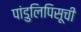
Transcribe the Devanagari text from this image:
पांडुलिपिसूची